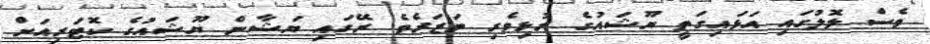
ވެސް ލޮލުގައި އަޅައިގަތީ ޔޫޝައުގެ ރުޅިވެރި ނަޒަރެވެ. ރޭގައި ޔަޝާން ޔޫޝައުގެ ކޮޓަރިއަށް